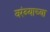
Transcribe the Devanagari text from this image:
वरंब्याच्या